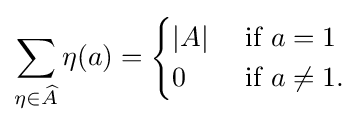
\sum _{\eta \in {\widehat {A}}}\eta (a)={\begin{cases}|A|&{\text{ if  }}a=1\\0&{\text{ if  }}a\neq 1.\end{cases}}